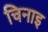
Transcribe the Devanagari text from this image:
चिनाइ